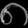
Digit: ၈